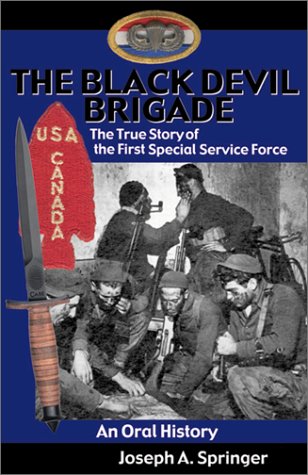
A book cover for The Black Devil Brigade: The True Story of the First Special Service Force in World War II, An Oral History; Joseph A. Springer; Biographies & Memoirs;